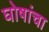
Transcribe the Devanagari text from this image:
घोषांचा